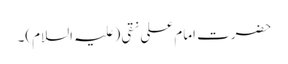
حضرت امام علی نقی (علیہ السلام)۔